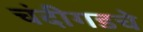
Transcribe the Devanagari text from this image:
चंदीगडचे